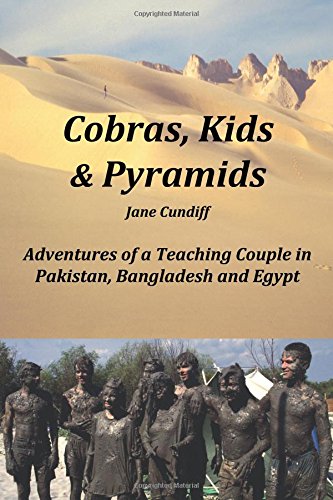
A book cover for Cobras, Kids And Pyramids: Adventures of a Teaching Couple in Pakistan, Bangladesh and Egypt; Jane E Cundiff; Travel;